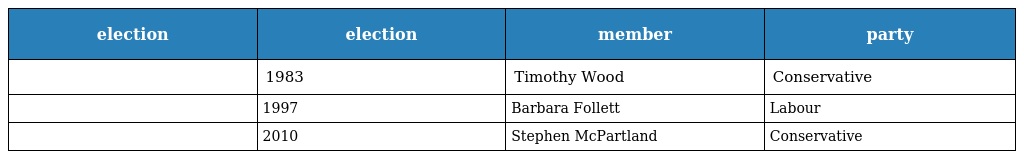
| election | election | member | party |
 | --- | --- | --- | --- |
 |  | 1983 | Timothy Wood | Conservative |
 |  | 1997 | Barbara Follett | Labour |
 |  | 2010 | Stephen McPartland | Conservative |